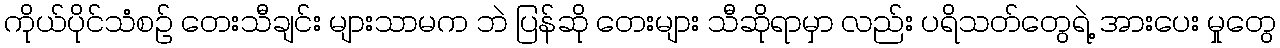
ကိုယ်ပိုင်သံစဉ် တေးသီချင်း များသာမက ဘဲ ပြန်ဆို တေးများ သီဆိုရာမှာ လည်း ပရိသတ်တွေရဲ့ အားပေး မှုတွေ